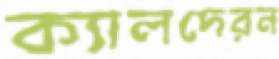
ক্যালদেরন